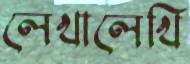
লেখালেখি